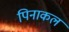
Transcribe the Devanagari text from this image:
पिनाकल